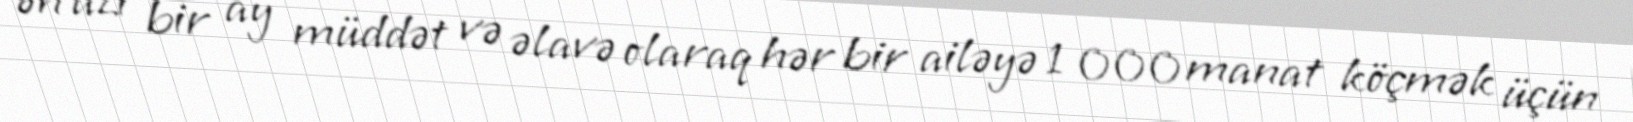
ən azı bir ay müddət və əlavə olaraq hər bir ailəyə 1 000 manat köçmək üçün